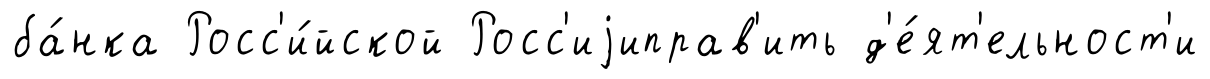
ба́нка Росс'и́йской Росс'иjиправ'ить д'е́ят'ельност'и